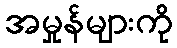
အမှုန်များကို